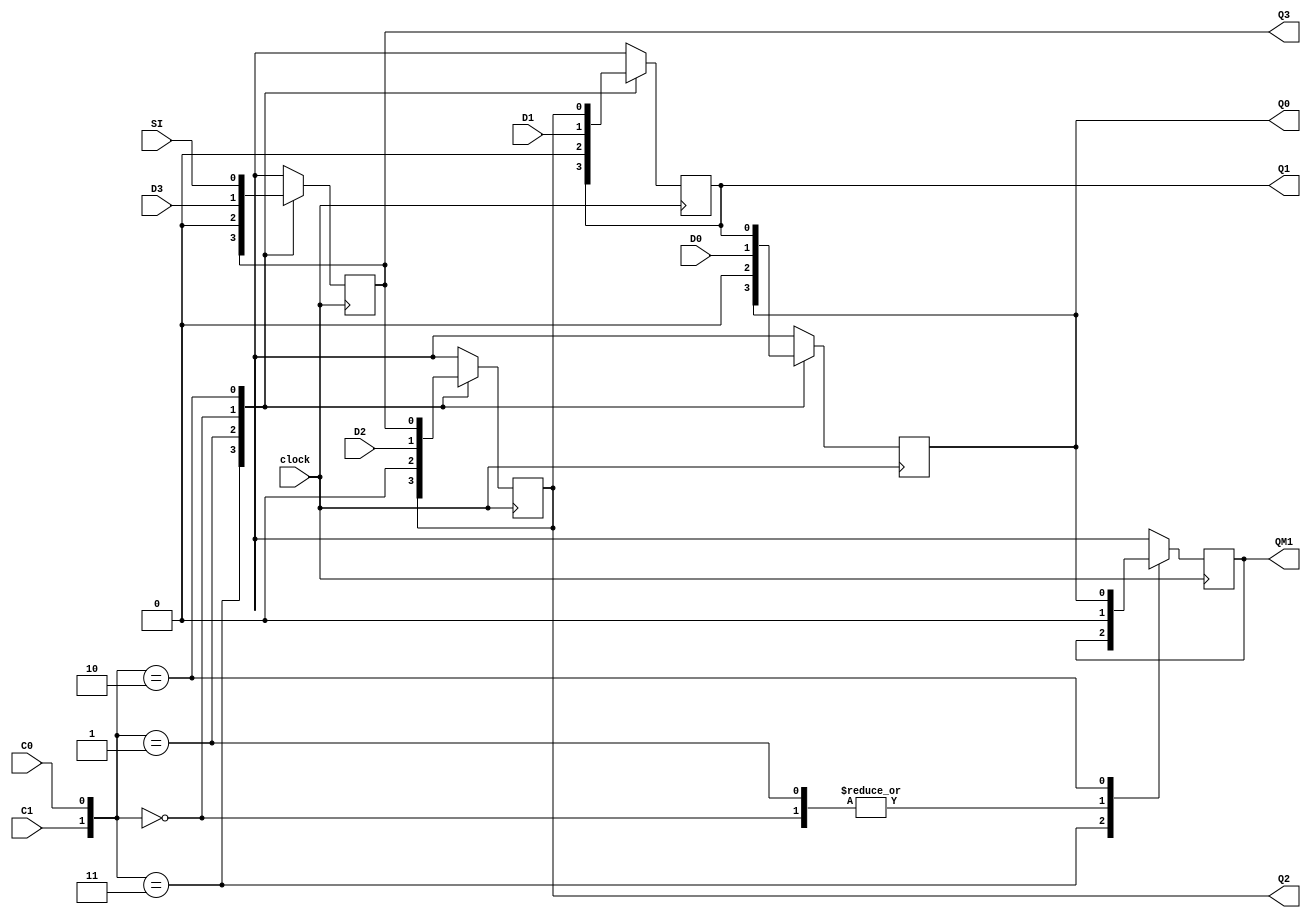
module Qreg ( Q3,Q2,Q1,Q0,QM1, SI, D3,D2,D1,D0, clock, C1, C0);
    input   SI, D3,D2,D1,D0, clock, C1,C0;
    output Q3,Q2,Q1,Q0,QM1;

    reg Q3,Q2,Q1,Q0,QM1;

    parameter Load= 2'b00, Reset= 2'b01, Shift= 2'b10, Hold= 2'b11;

    always @( posedge clock)
    begin
        case ( {C1,C0} )
            Hold: begin
            end
            Reset: begin
                {Q3, Q2, Q1, Q0, QM1} = 5'b00000;
            end
            Load: begin
                {Q3, Q2, Q1, Q0}= {D3, D2, D1, D0};
                QM1= 1'b0;
            end
            Shift: begin
                {Q3, Q2, Q1, Q0, QM1} = {SI, Q3, Q2, Q1, Q0};
            end
        endcase
    end
endmodule